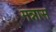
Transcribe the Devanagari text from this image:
मन्नास